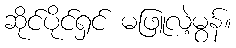
ဆိုင်ပိုင်ရှင် မဖြူလဲ့မွန်။